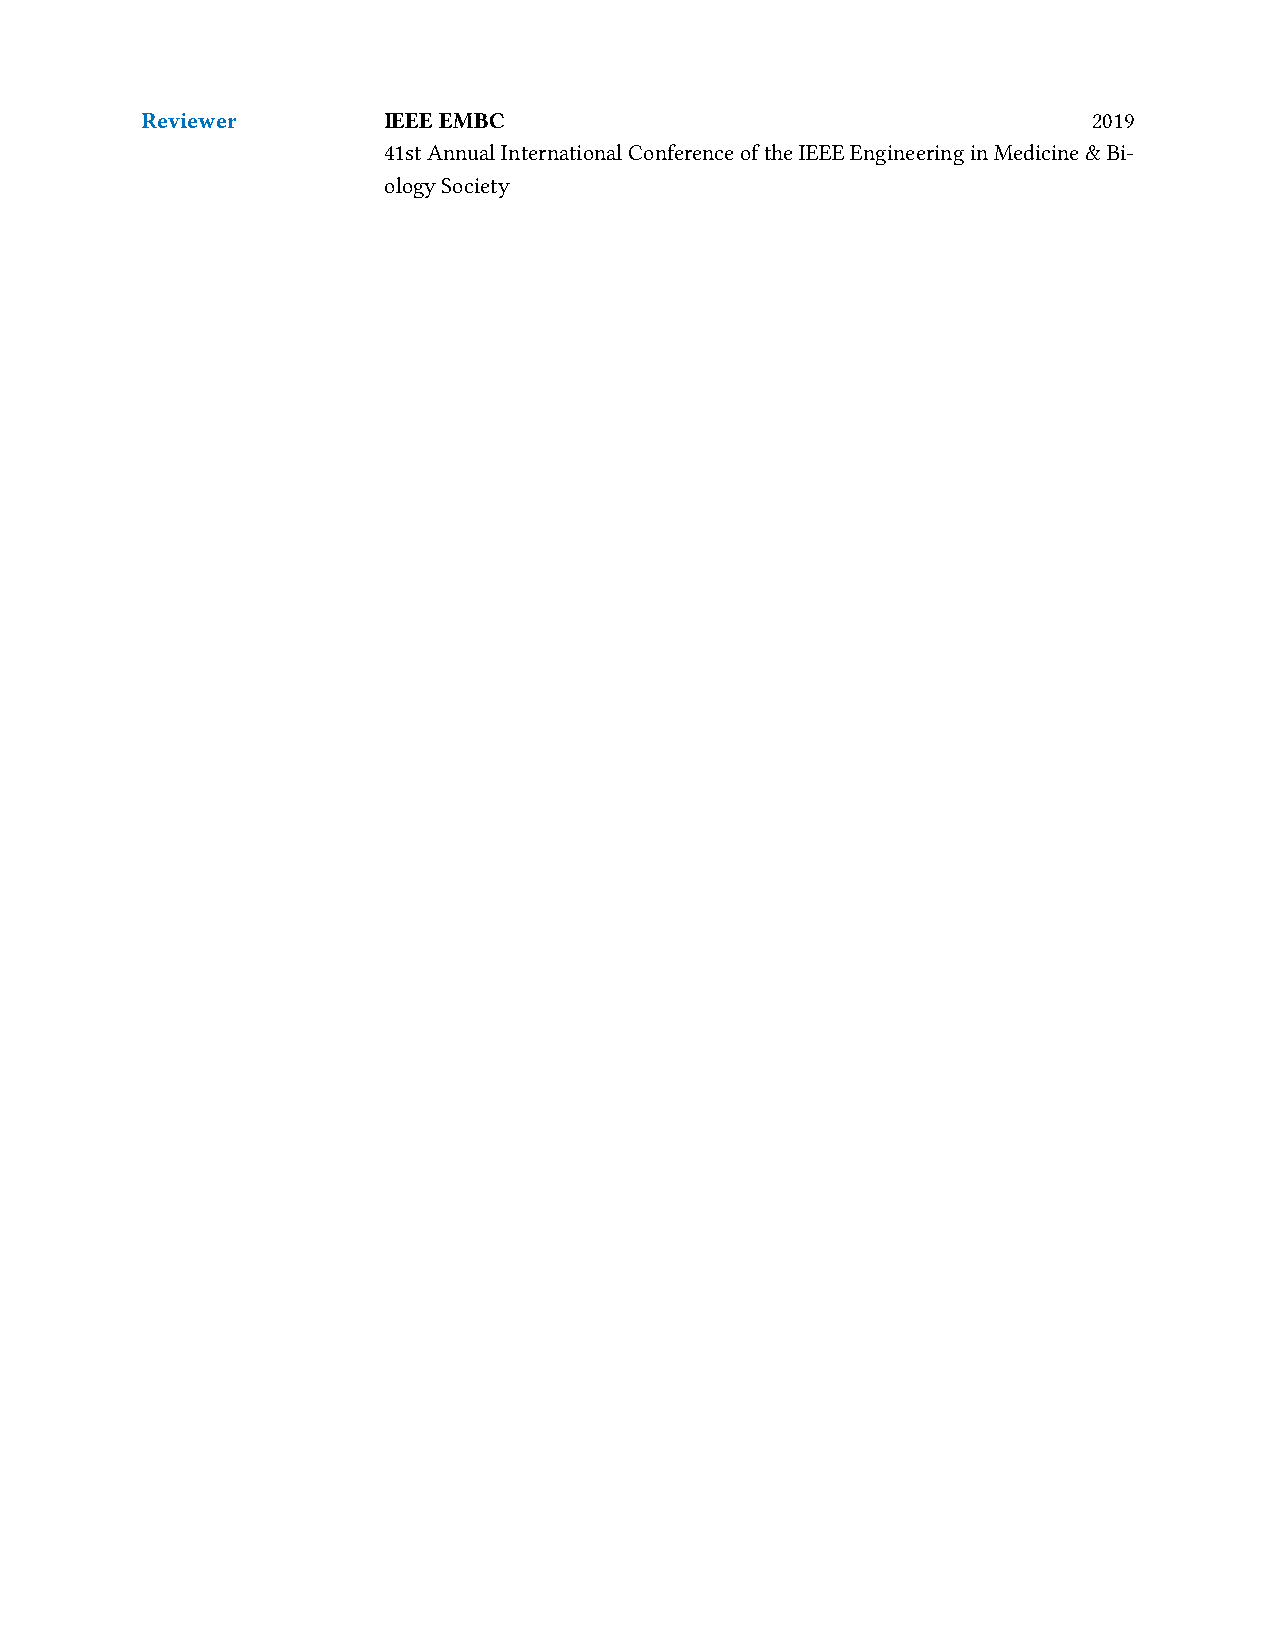
Reviewer        IEEEEMBC                                       2019
 41stAnnualInternationalConferenceoftheIEEEEngineeringinMedicine&Bi-
 ologySociety